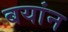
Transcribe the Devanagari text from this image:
बयांन